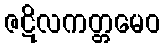
ဇဋိလကတ္တမေဝ